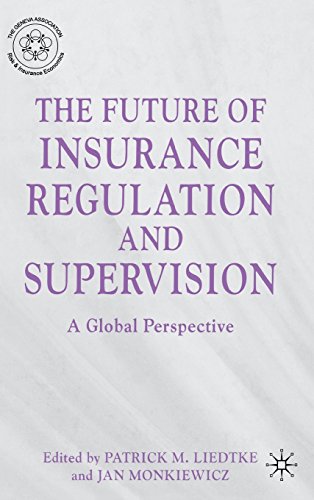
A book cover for The Future of Insurance Regulation and Supervision: A Global Perspective; Business & Money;